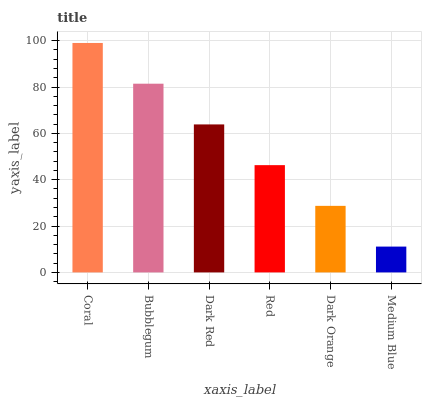
| xaxis_label | bars |
 | --- | --- |
 | Coral | 99 |
 | Bubblegum | 81.4 |
 | Dark Red | 63.9 |
 | Red | 46.3 |
 | Dark Orange | 28.7 |
 | Medium Blue | 11.1 |